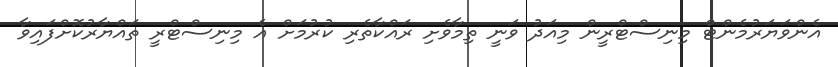
އެންވަޔަރުމެންޓް މިނިސްޓްރީން މިއަދު ވަނީ ތިމާވެށި ރައްކާތެރި ކުރުމަށް އެ މިނިސްޓްރީ ތައްޔާރުކޮށްފައިވާ